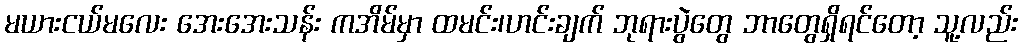
မယားငယ်မလေး အေးအေးသန်း ကအိမ်မှာ ထမင်း၊ဟင်းချက် ဘုရားပွဲတွေ ဘာတွေရှိရင်တော့ သူ့လည်း